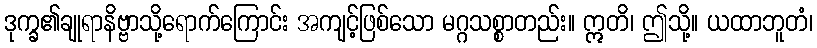
ဒုက္ခ၏ချုရာနိဗ္ဗာသို့ရောက်ကြောင်း အကျင့်ဖြစ်သော မဂ္ဂသစ္စာတည်း။ ဣတိ၊ ဤသို့။ ယထာဘူတံ၊